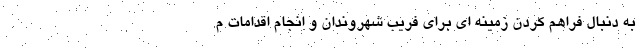
به دنبال فراهم کردن زمینه ای برای فریب شهروندان و انجام اقدامات م